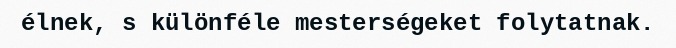
élnek, s különféle mesterségeket folytatnak.